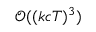
\mathcal { O } ( ( k c T ) ^ { 3 } )